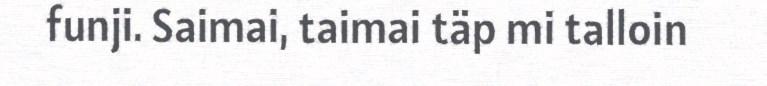
funji. Saimai, taimai täp mi talloin